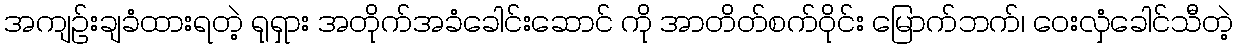
အကျဥ်းချခံထားရတဲ့ ရုရှား အတိုက်အခံခေါင်းဆောင် ကို အာတိတ်စက်ဝိုင်း မြောက်ဘက်၊ ဝေးလှံခေါင်သီတဲ့